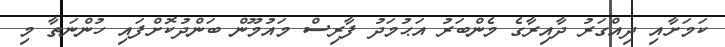
ކަމަށާއި ދިއްގަރު ދާއިރާގެ މެންބަރު އަޙުމަދު ފާރިސް މައުމޫން ބަންދުކޮށްފައި ހުންނަތާ މި